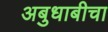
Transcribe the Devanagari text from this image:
अबुधाबीचा